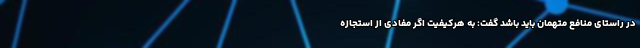
در راستای منافع متهمان باید باشد گفت: به هرکیفیت اگر مفادی از استجازه